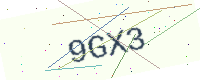
Text: 9GX3